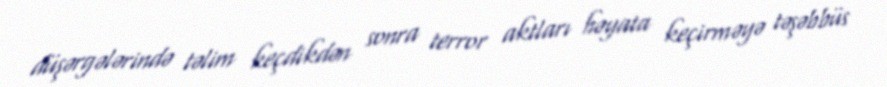
düşərgələrində təlim keçdikdən sonra terror aktları həyata keçirməyə təşəbbüs